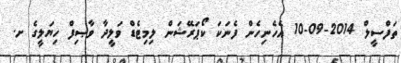
ތަފްސީލް 2014-09-10 އެހެނިހެން ފެނަކަ ކޯޕަރޭޝަން ލިމިޓެޑް ވަލީދާ ވާޞިފް ހިޔަލީގެ ށ.